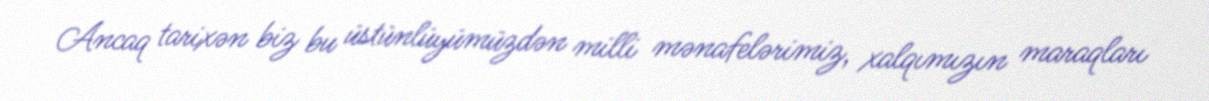
Ancaq tarixən biz bu üstünlüyümüzdən milli mənafelərimiz, xalqımızın maraqları